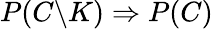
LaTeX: P(C\backslash K)\Rightarrow P(C)